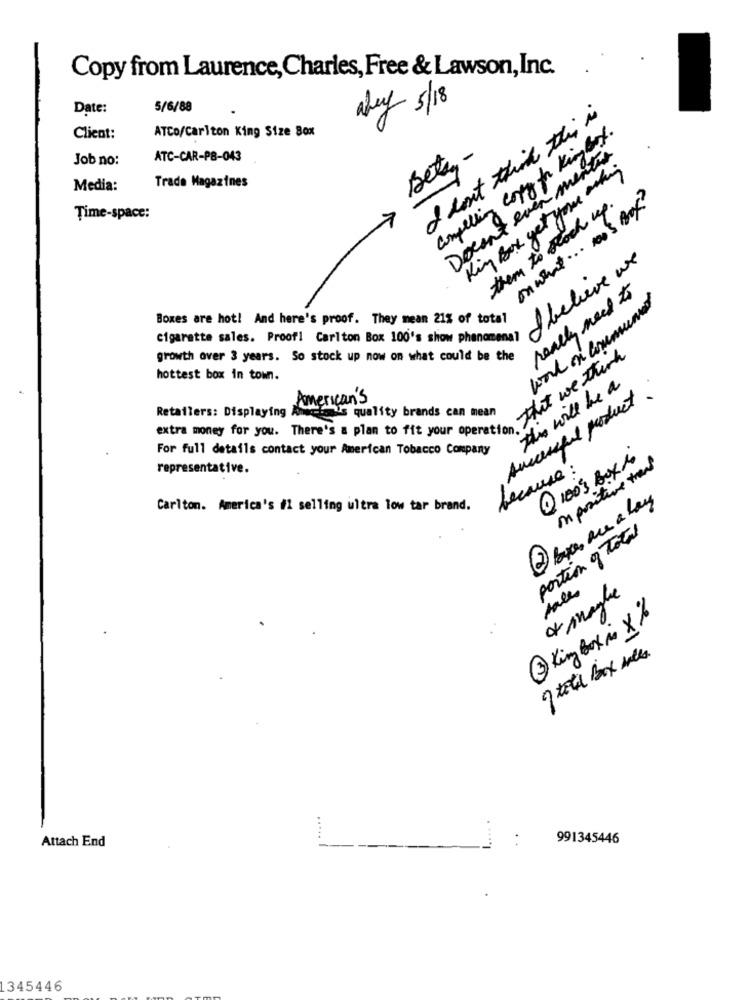
Copy from Laurence, Charles, Free & Lawson, Inc.
Date:
5/6/88
Whey 5/18
I don't think this is
Client:
ATCo/Carlton King Size Box
compelling copy for King Box.
Docan't even mentre
Job no:
ATC-CAR-PB-043
Betty-
Kin Box get your asking
Media:
Trade Magazines
onwhat ... noos Box?
them to stock up.
Time-space:
I believe we
really need to
wool on commune
Boxes are hot! And here's proof. They mean 21% of total
cigarette sales. Proof! Carlton Box 100's show phenomenal
growth over 3 years. So stock up now on what could be the
hottest box in town.
The will be a
successful product
American's
wenn money for you. there's a plan to fit your what we
Retailers: Displaying Anschau's quality brands can mean
For full details contact your American Tobacco Company
1 100's Box in
representative.
because ?
in positive trend
Carlton. America's #1 selling ultra low tar brand.
portion of Total
sales
af maghe
3 King Box in X %
of told Box walls
Attach End
991345446
1345446